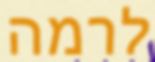
לרמה